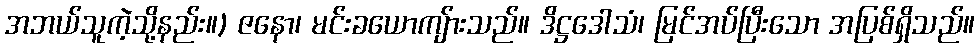
အဘယ်သူကဲ့သို့နည်း။) ဇနော၊ မင်းခယောကျ်ားသည်။ ဒိဋ္ဌဒေါသံ၊ မြင်အပ်ပြီးသော အပြစ်ရှိသည်။